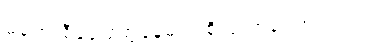
မထွေးရီနှင့် တွေ့နေမည် စိုးသောကြောင့်ပင်။